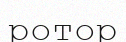
ротор